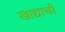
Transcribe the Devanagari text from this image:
खाद्याची